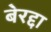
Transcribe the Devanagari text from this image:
बेरद्दा